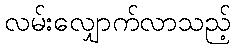
လမ်းလျှောက်လာသည့်